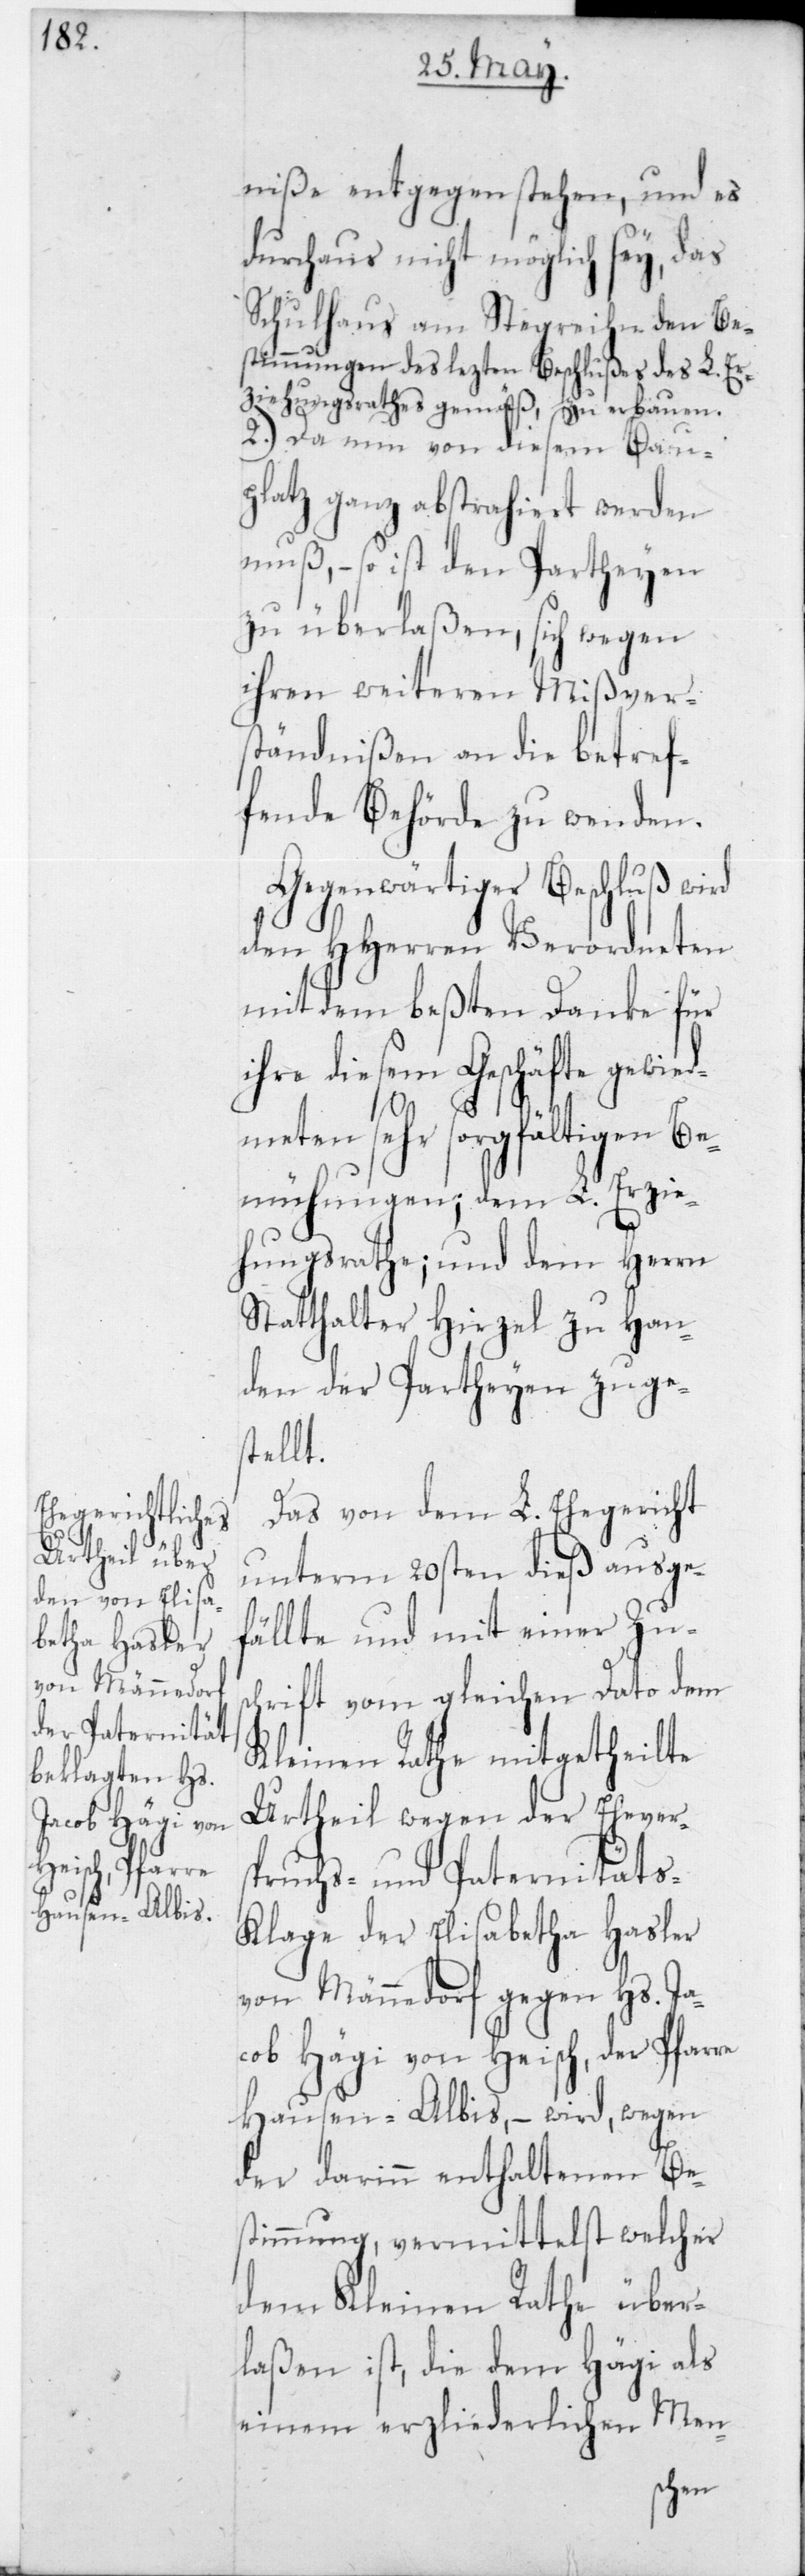
niße entgegenstehen, und es
durchaus nicht möglich sey, das
Schulhaus am Steigreihn den Be¬
stimmungen des lezten Beschlußes des L. Er¬
ziehungsrathes gemäß, zu erbauen.
2.) Da nun von diesem Bau¬
platz ganz abstrahiert werden
muß, – so ist den Partheyen
zu überlaßen, sich wegen
ihren weiteren Mißvers¬
tändnißen an die betref¬
fende Behörde zu wenden.
Gegenwärtiger Beschluß wird
den HHerren Verordneten
mit dem beßten Danke für
ihre diesem Geschäfte gewid¬
meten sehr sorgfältigen Be¬
mühungen, dem L. Erzie¬
hungsrathe; und dem Herrn
Statthalter Hirzel zu Han¬
den der Partheyen zuge¬
stellt.
Das von dem L. Ehegericht
unterm 20sten dieß ausge¬
fällte und mit einer Zus¬
chrift vom gleichen Dato dem
Kleinen Rathe mitgetheilte
Urtheil wegen der Ehevers¬
pruchs- und Paternitäts-K¬
lage der Elisabetha Hasler
von Männedorf gegen Hs. Ja¬
cob Hägi von Heisch, der Pfarre
Hausen-Albis, – wird, wegen
der darinn enthaltenen Be¬
stimmung, vermittelst welcher
dem Kleinen Rathe über¬
laßen ist, die dem Hägi als
einem erzliederlichen Men-